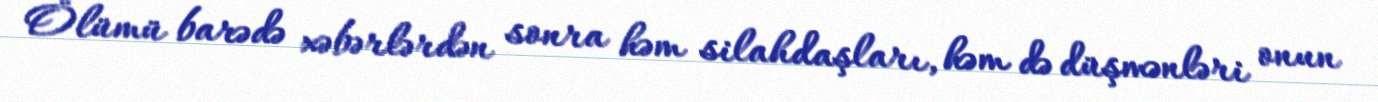
Ölümü barədə xəbərlərdən sonra həm silahdaşları, həm də düşmənləri onun